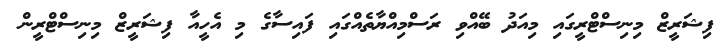
ފިޝަރީޒް މިނިސްޓްރީގައި މިއަދު ބޭއްވި ރަސްމިއްޔާތެއްގައި ފައިސާގެ މި އެހީއާ ފިޝަރީޒް މިނިސްޓްރީން